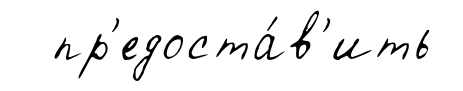
пр'едоста́в'ить